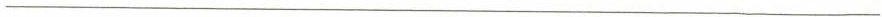
___